Indian journal of veterinary science and animal husbandry - Volume 14,
Year: 1944
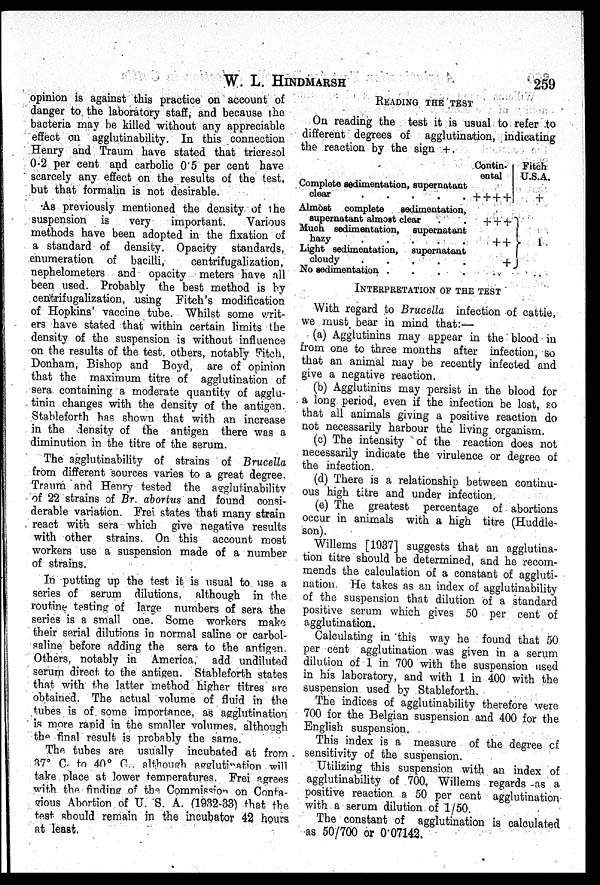
W. L. HINDMARSH
259
opinion is against this practice on account of
danger to the laboratory staff, and because the
bacteria may be killed without any appreciable
effect on agglutinability. In this connection
Henry and Traum have stated that tricresol
0.2 per cent and carbolic 0.5 per cent have
scarcely any effect on the results of the test,
but that formalin is not desirable.
As previously mentioned the density of the
suspension is very
important.
Various
methods have been adopted in the fixation of
a standard of density. Opacity standards,
enumeration of bacilli,
centrifugalization,
nephelometers and opacity meters have all
been used. Probably the best method is by
centrifugalization, using Fitch's modification
of Hopkins' vaccine tube. Whilst some writ-
ers have stated that within certain limits the
density of the suspension is without influence
on the results of the test, others, notably Fitch,
Donham, Bishop and Boyd, are of opinion
that the maximum titre of agglutination of
sera containing a moderate quantity of agglu-
tinin changes with the density of the antigen.
Stableforth has shown that with an increase
in the density of the antigen there was a
diminution in the titre of the serum.
The agglutinability of strains of Brucella
from different sources varies to a great degree.
Traum and Henry tested the agglutinability
of 22 strains of Br. abortus and found consi-
derable variation. Frei states that many strain
react with sera which give negative results
with other strains. On this account most
workers use a suspension made of a number
of strains.
In putting up the test it is usual to use a
series of serum dilutions, although in the
routine testing of large numbers of sera the
series is a small one. Some workers make
their serial dilutions in normal saline or carbol-
saline before adding the sera to the antigen.
Others, notably in America, add undiluted
serum direct to the antigen. Stableforth states
that with the latter method higher titres are
obtained. The actual volume of fluid in the
tubes is of some importance, as agglutination
is more rapid in the smaller volumes, although
the final result is probably the same.
The tubes are usually incubated at from
37° C. to 40° C.. although agglutination will
take place at lower temperatures. Frei agrees
with the finding of the Commission on Conta¬
gious Abortion of U. S. A. (1932-33) that the
test should remain in the incubator 42 hours
at least.
READING THE TEST
On reading the test it is usual to refer to
different degrees of agglutination, indicating
the reaction by the sign +.
Complete sedimentation, supernatant
clear
.
.
.
.
Almost complete
sedimentation,
supernatant almost clear
Much sedimentation,
supernatant
hazy
.
.
.
.
.
Light sedimentation,
supernatant
cloudy
.
.
.
No sedimentation . . . .
Contin-
ental
+ + + +
+ + +
+ +
+
. .
Fitch
U.S.A.
+
1
. .
INTERPRETATION OF THE TEST
With regard to Brucella infection of cattle,
we must bear in mind that:—
(a) Agglutinins may appear in the blood in
from one to three months after infection, so
that an animal may be recently infected and
give a negative reaction.
(b) Agglutinins may persist in the blood for
a long period, even if the infection be lost, so
that all animals giving a positive reaction do
not necessarily harbour the living organism.
(c) The intensity of the reaction does not
necessarily indicate the virulence or degree of
the infection.
(d) There is a relationship between continu-
ous high titre and under infection.
(e) The greatest percentage of abortions
occur in animals with a high titre (Huddle-
son).
Willems [1937] suggests that an agglutina-
tion titre should be determined, and he recom-
mends the calculation of a constant of aggluti-
nation. He takes as an index of agglutinability
of the suspension that dilution of a standard
positive serum which gives 50 per cent of
agglutination.
Calculating in this way he found that 50
per cent agglutination was given in a serum
dilution of 1 in 700 with the suspension used
in his laboratory, and with 1 in 400 with the
suspension used by Stableforth.
The indices of agglutinability therefore were
700 for the Belgian suspension and 400 for the
English suspension.
This index is a measure of the degree cf
sensitivity of the suspension.
Utilizing this suspension with an index of
agglutinability of 700, Willems regards -as a
positive reaction a 50 per cent agglutination
with a serum dilution of 1/50.
The constant of agglutination is calculated
as 50/700 or 0.07142.